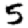
Digit: 5